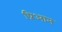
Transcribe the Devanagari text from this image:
प्रिआन